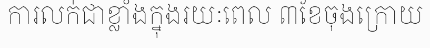
ការលក់ជាខ្លាំងក្នុងរយៈពេល ៣ខែចុងក្រោយ